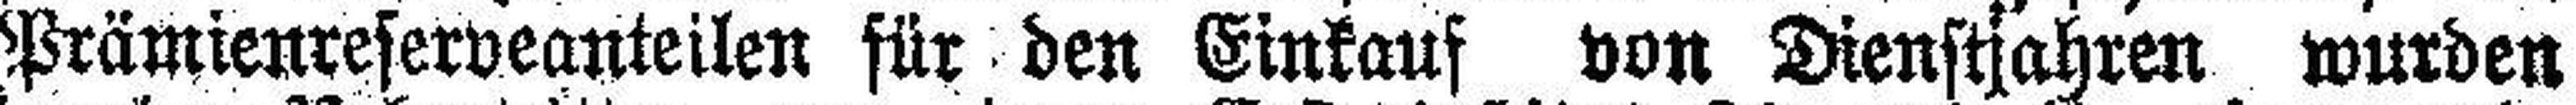
Prämienreserveanteilen für den Einkauf von Dienstjahren wurden